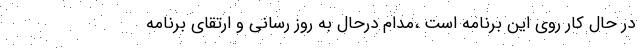
در حال کار روی این برنامه است ،مدام درحال به روز رسانی و ارتقای برنامه